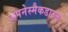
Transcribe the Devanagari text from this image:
अपनेस्मैकडाउन